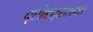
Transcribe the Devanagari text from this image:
प्रोहत्साहन